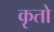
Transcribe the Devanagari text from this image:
कृतो